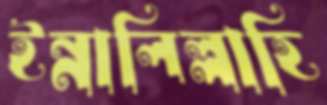
ইন্নালিল্লাহি